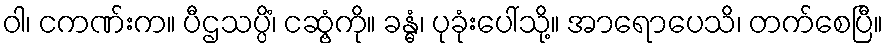
ဝါ၊ ငကဏ်းက။ ပီဌသပ္ပိံ၊ ငဆွံ့ကို။ ခန္ဓံ၊ ပုခုံးပေါ်သို့။ အာရောပေသိ၊ တက်စေပြီ။